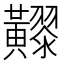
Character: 𪏧